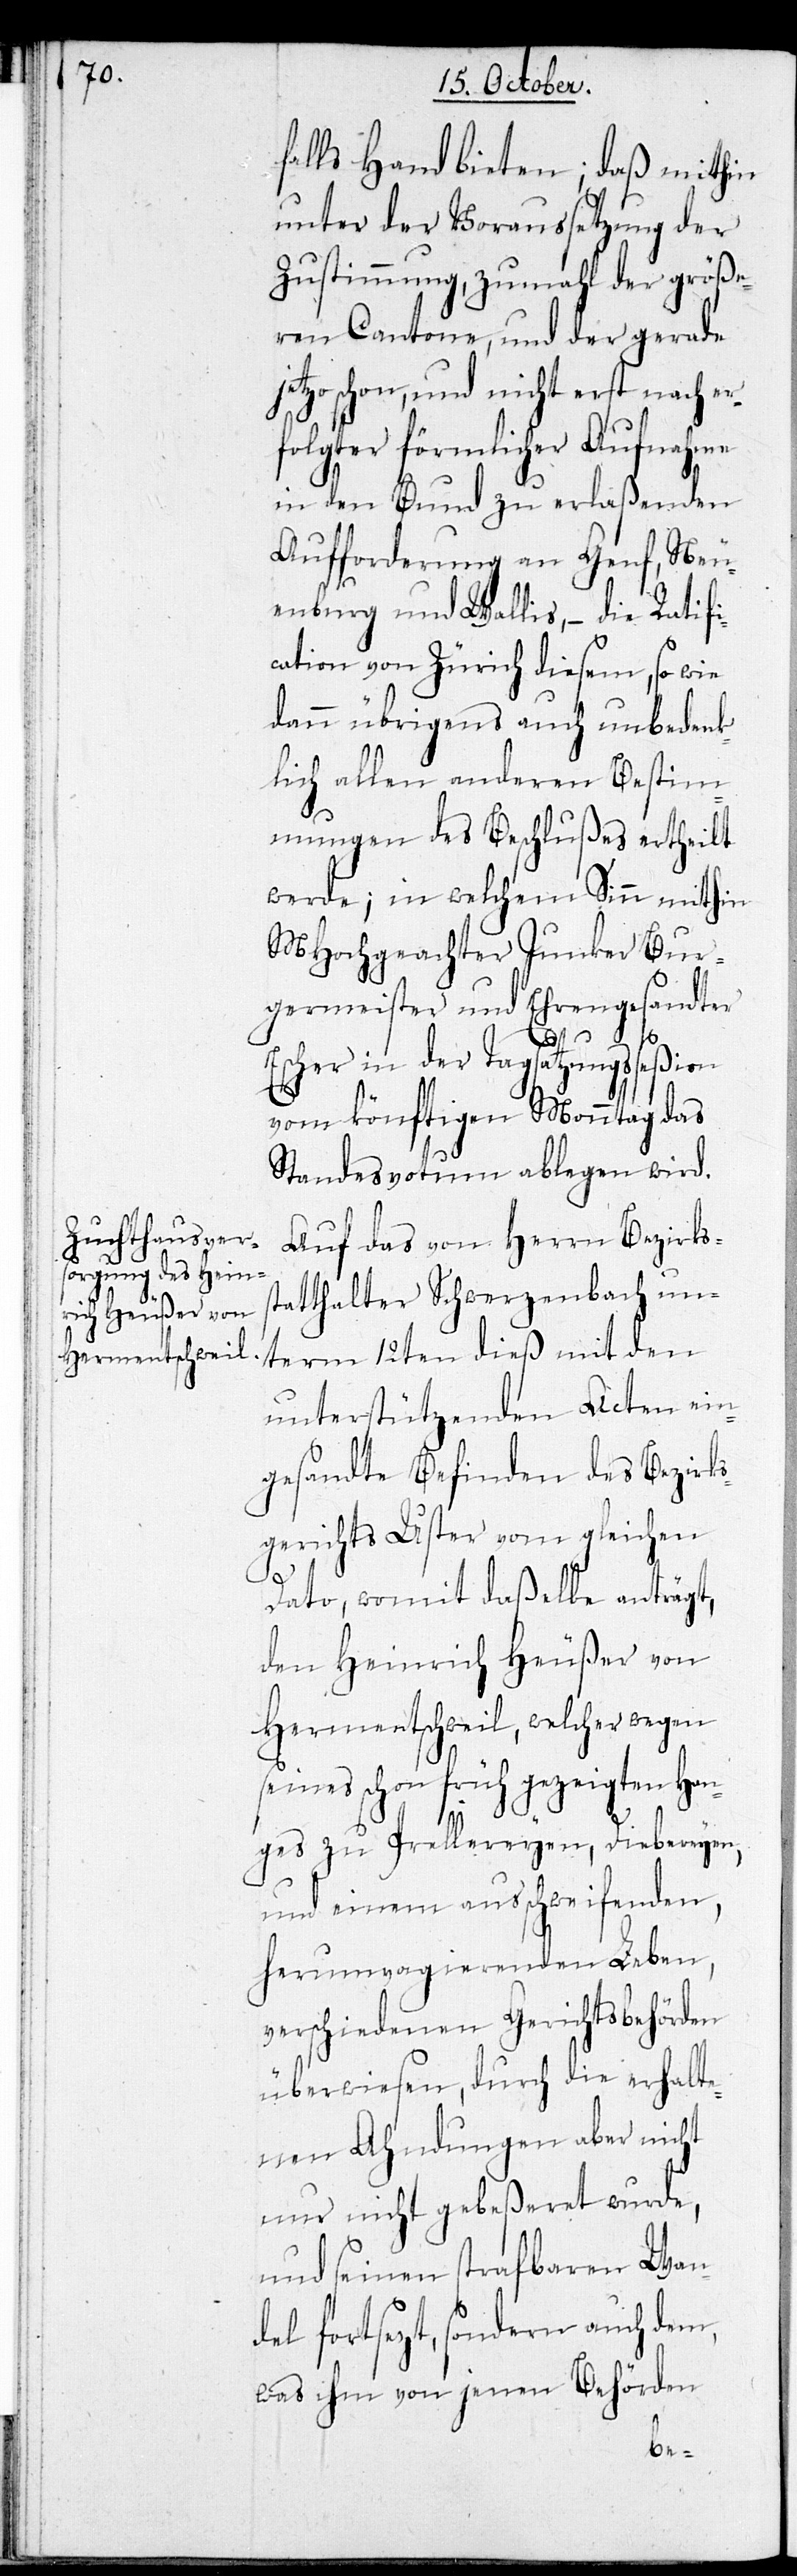
falls Hand bieten; daß mithin
unter der Voraussetzung der
Zustimmung, zumahl der größe¬
ren Cantone, und der gerade
jetzo schon, und nicht erst nach er¬
folgter förmlicher Aufnahme
in den Bund zu erlaßenden
Aufforderung an Genf, Neu¬
enburg und Wallis, – die Ratifi¬
cation von Zürich diesem, so wie
dann übrigens auch unbedenk¬
lich allen anderen Bestim¬
mungen des Beschlußes ertheilt
werde; in welchem Sinn mithin
MHochgeachter Junker Bur¬
germeister und Ehrengesandter
s¬
Escher in der Tagsatzungsseßion
vom könftigen Monntag das
Standesvotum ablegen wird.
Auf das von Herrn Bezirks¬
tatthalter Schwerzenbach un¬
term 12ten dieß mit den
unterstützenden Acten ein¬
gesandte Befinden des Bezirks¬
gerichts Uster vom gleichen
Dato, womit daßelbe anträgt,
den Heinrich Heußer von
Hermatschweil, welcher wegen
seines schon früh gezeigten Han¬
ges zu Prellereyen, Diebereyen
und einem ausschweifenden,
herumvagierenden Leben,
verschiedenen Gerichtsbehörden
überwiesen, durch die erhalte¬
nen Ahndungen aber nicht
nur nicht gebeßeret wurde,
und seinen strafbaren Wan¬
del fortsezt, sondern auch dem,
was ihm von jenen Behörden